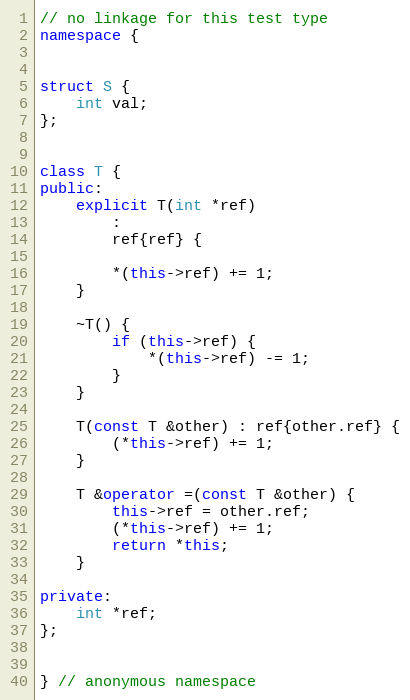
Language: C++
// no linkage for this test type
namespace {

struct S {
	int val;
};

class T {
public:
	explicit T(int *ref)
		:
		ref{ref} {

		*(this->ref) += 1;
	}

	~T() {
		if (this->ref) {
			*(this->ref) -= 1;
		}
	}

	T(const T &other) : ref{other.ref} {
		(*this->ref) += 1;
	}

	T &operator =(const T &other) {
		this->ref = other.ref;
		(*this->ref) += 1;
		return *this;
	}

private:
	int *ref;
};

} // anonymous namespace